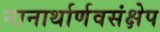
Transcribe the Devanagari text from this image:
नानार्थार्णवसंक्षेप